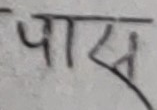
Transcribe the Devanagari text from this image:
पास